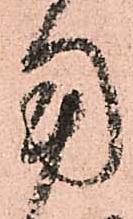
用